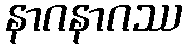
နာဂနာဂဿ